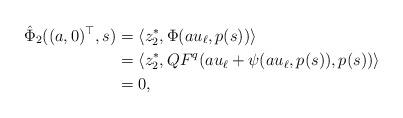
LaTeX: \begin{align*}\hat \Phi_2((a,0)^\top,s) &= \langle z_2^*, \Phi(a u_\ell, p(s))\rangle\\&=\langle z_2^*, QF^q(au_\ell + \psi(a u_\ell, p(s)), p(s))\rangle\\&=0,\end{align*}